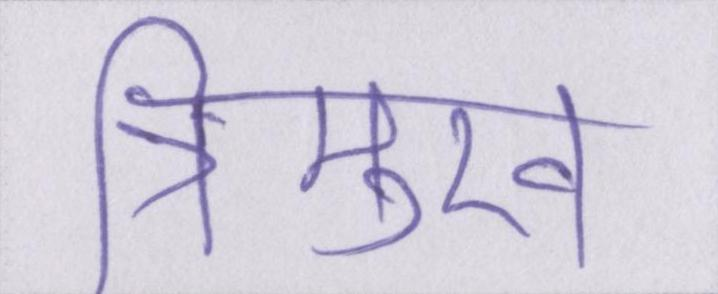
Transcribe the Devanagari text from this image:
त्रिमुख